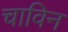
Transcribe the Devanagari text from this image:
चाविन